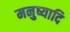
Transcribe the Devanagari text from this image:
मनुष्यादि